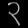
Digit: ၃